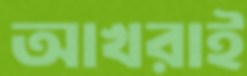
আখরাই